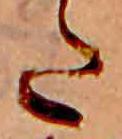
た